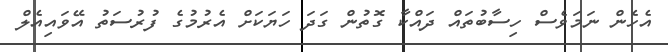
އެހެން ނަމަވެސް ހިސާބުތައް ދައްކާ ގޮތުން ގަދަ ހަޔަކަށް އެރުމުގެ ފުރުސަތު އޭވައިއެލް